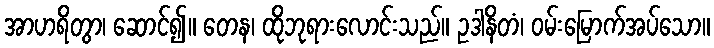
အာဟရိတွာ၊ ဆောင်၍။ တေန၊ ထိုဘုရားလောင်းသည်။ ဥဒါနိတံ၊ ဝမ်းမြောက်အပ်သော။